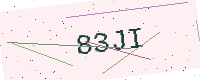
Text: 83JI